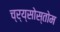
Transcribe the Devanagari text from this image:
च्र्य्सोस्तोम